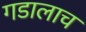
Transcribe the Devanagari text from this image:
गडालाच